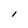
Character: l